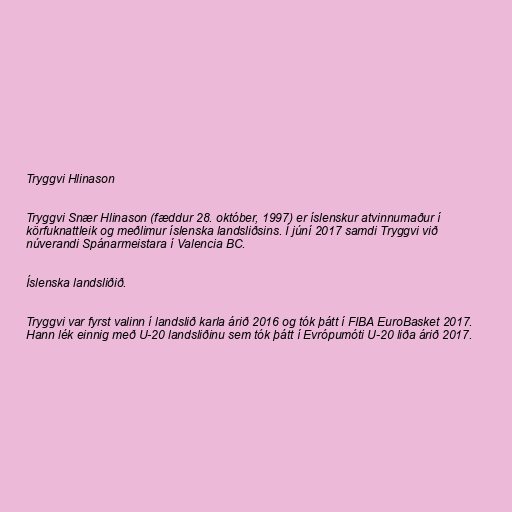
Tryggvi Hlinason

Tryggvi Snær Hlinason (fæddur 28. október, 1997) er íslenskur atvinnumaður í
körfuknattleik og meðlimur íslenska landsliðsins. Í júní 2017 samdi Tryggvi við
núverandi Spánarmeistara í Valencia BC.

Íslenska landsliðið.

Tryggvi var fyrst valinn í landslið karla árið 2016 og tók þátt í FIBA EuroBasket 2017.
Hann lék einnig með U-20 landsliðinu sem tók þátt í Evrópumóti U-20 liða árið 2017.